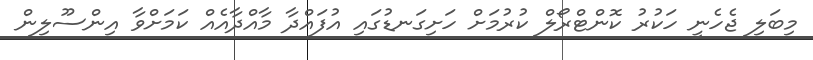
މިބަލި ޖެހެނީ ހަކުރު ކޮންޓްރޯލް ކުރުމަށް ހަށިގަނޑުގައި އުފައްދާ މާއްދާއެއް ކަމަށްވާ އިންސޫލިން